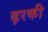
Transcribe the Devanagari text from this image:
ढ़रकी